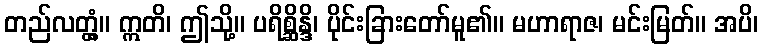
တည်လတ္တံ့။ ဣတိ၊ ဤသို့။ ပရိစ္ဆိန္ဒိ၊ ပိုင်းခြားတော်မူ၏။ မဟာရာဇ၊ မင်းမြတ်။ အပိ၊